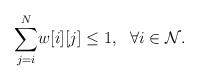
LaTeX: \begin{align*}\underset{j=i}{\overset{N}{\sum}} w[i][j] \leq 1, ~~\forall i \in \cal N.\end{align*}